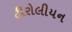
ટીરોલીયન